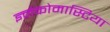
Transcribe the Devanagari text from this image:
ज्ञ्नेकोमास्टिया